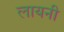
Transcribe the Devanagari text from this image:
लायनी